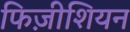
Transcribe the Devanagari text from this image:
फिज़ीशियन